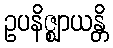
ဥပနိဇ္ဈာယန္တိ